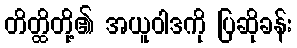
တိတ္ထိတို့၏ အယူဝါဒကို ပြဆိုခန်း